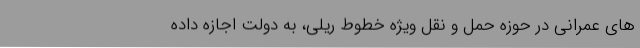
های عمرانی در حوزه حمل‌ و نقل ‌ویژه ‌خطوط‌ ریلی، به ‌دولت ‌اجازه داده